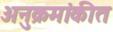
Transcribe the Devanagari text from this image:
अनुक्रमांकीत